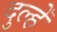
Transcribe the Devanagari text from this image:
दुल्हेँ